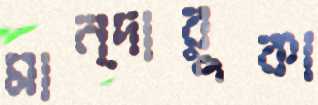
মান্দারুকা